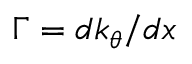
\Gamma = d k _ { \theta } / d x